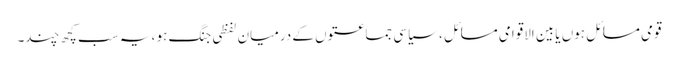
قومی مسائل ہوں یابین الاقوامی مسائل ، سیاسی جماعتوں کے درمیان لفظی جنگ ہو ، یہ سب کچھ چند۔